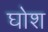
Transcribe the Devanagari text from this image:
घोश